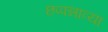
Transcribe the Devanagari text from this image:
छप्पन्नाव्या